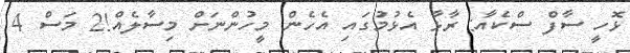
ޅޮހީ ސާފް ސްކެއާ: ރާޅާ އެޅުމުގައި އެހެން މީހުންނަށް މިސާލެއް!2 މަސް 4